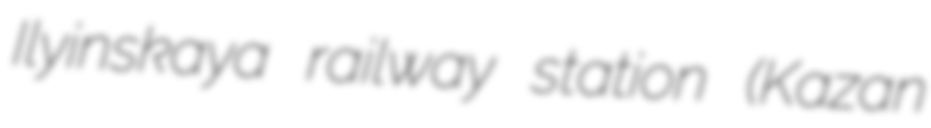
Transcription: Ilyinskaya railway station (Kazan